Indian journal of veterinary science and animal husbandry - Volumes 18-21, 1948-1951
Year: 1948
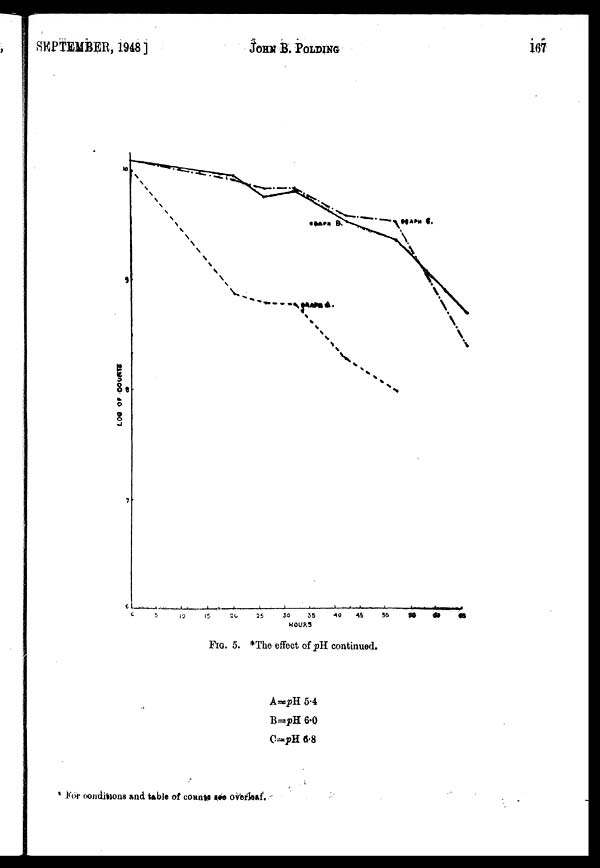
SEPTEMBER, 1948]
JOHN
B.
POLDING
167
FIG. 5. *The effect of pH continued.
A=pH 5.4
B=pH 6.0
C=pH 6.8
* For conditions and table of counts see overleaf.